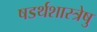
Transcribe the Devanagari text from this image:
षडर्थशास्त्रेषु